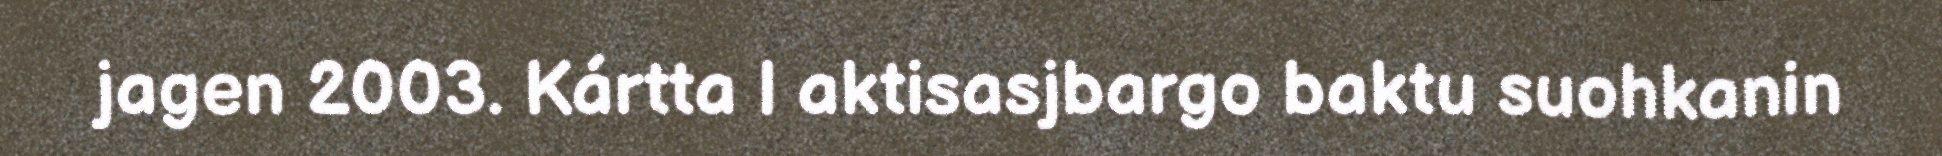
jagen 2003. Kártta l aktisasjbargo baktu suohkanin